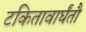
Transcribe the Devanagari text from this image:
टकितावार्घंतौ